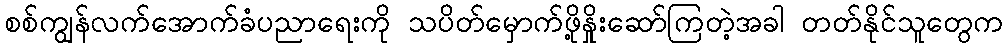
စစ်ကျွန်လက်အောက်ခံပညာရေးကို သပိတ်မှောက်ဖို့နှိုးဆော်ကြတဲ့အခါ တတ်နိုင်သူတွေက